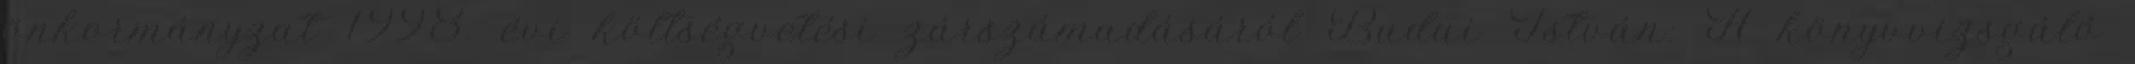
önkormányzat 1998. évi költségvetési zárszámadásáról Budai István: A könyvvizsgáló